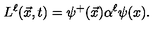
L ^ { \ell } ( \vec { x } , t ) = \psi ^ { + } ( \vec { x } ) \alpha ^ { \ell } \psi ( x ) .